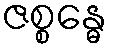
ဇစ္စန္ဓေ